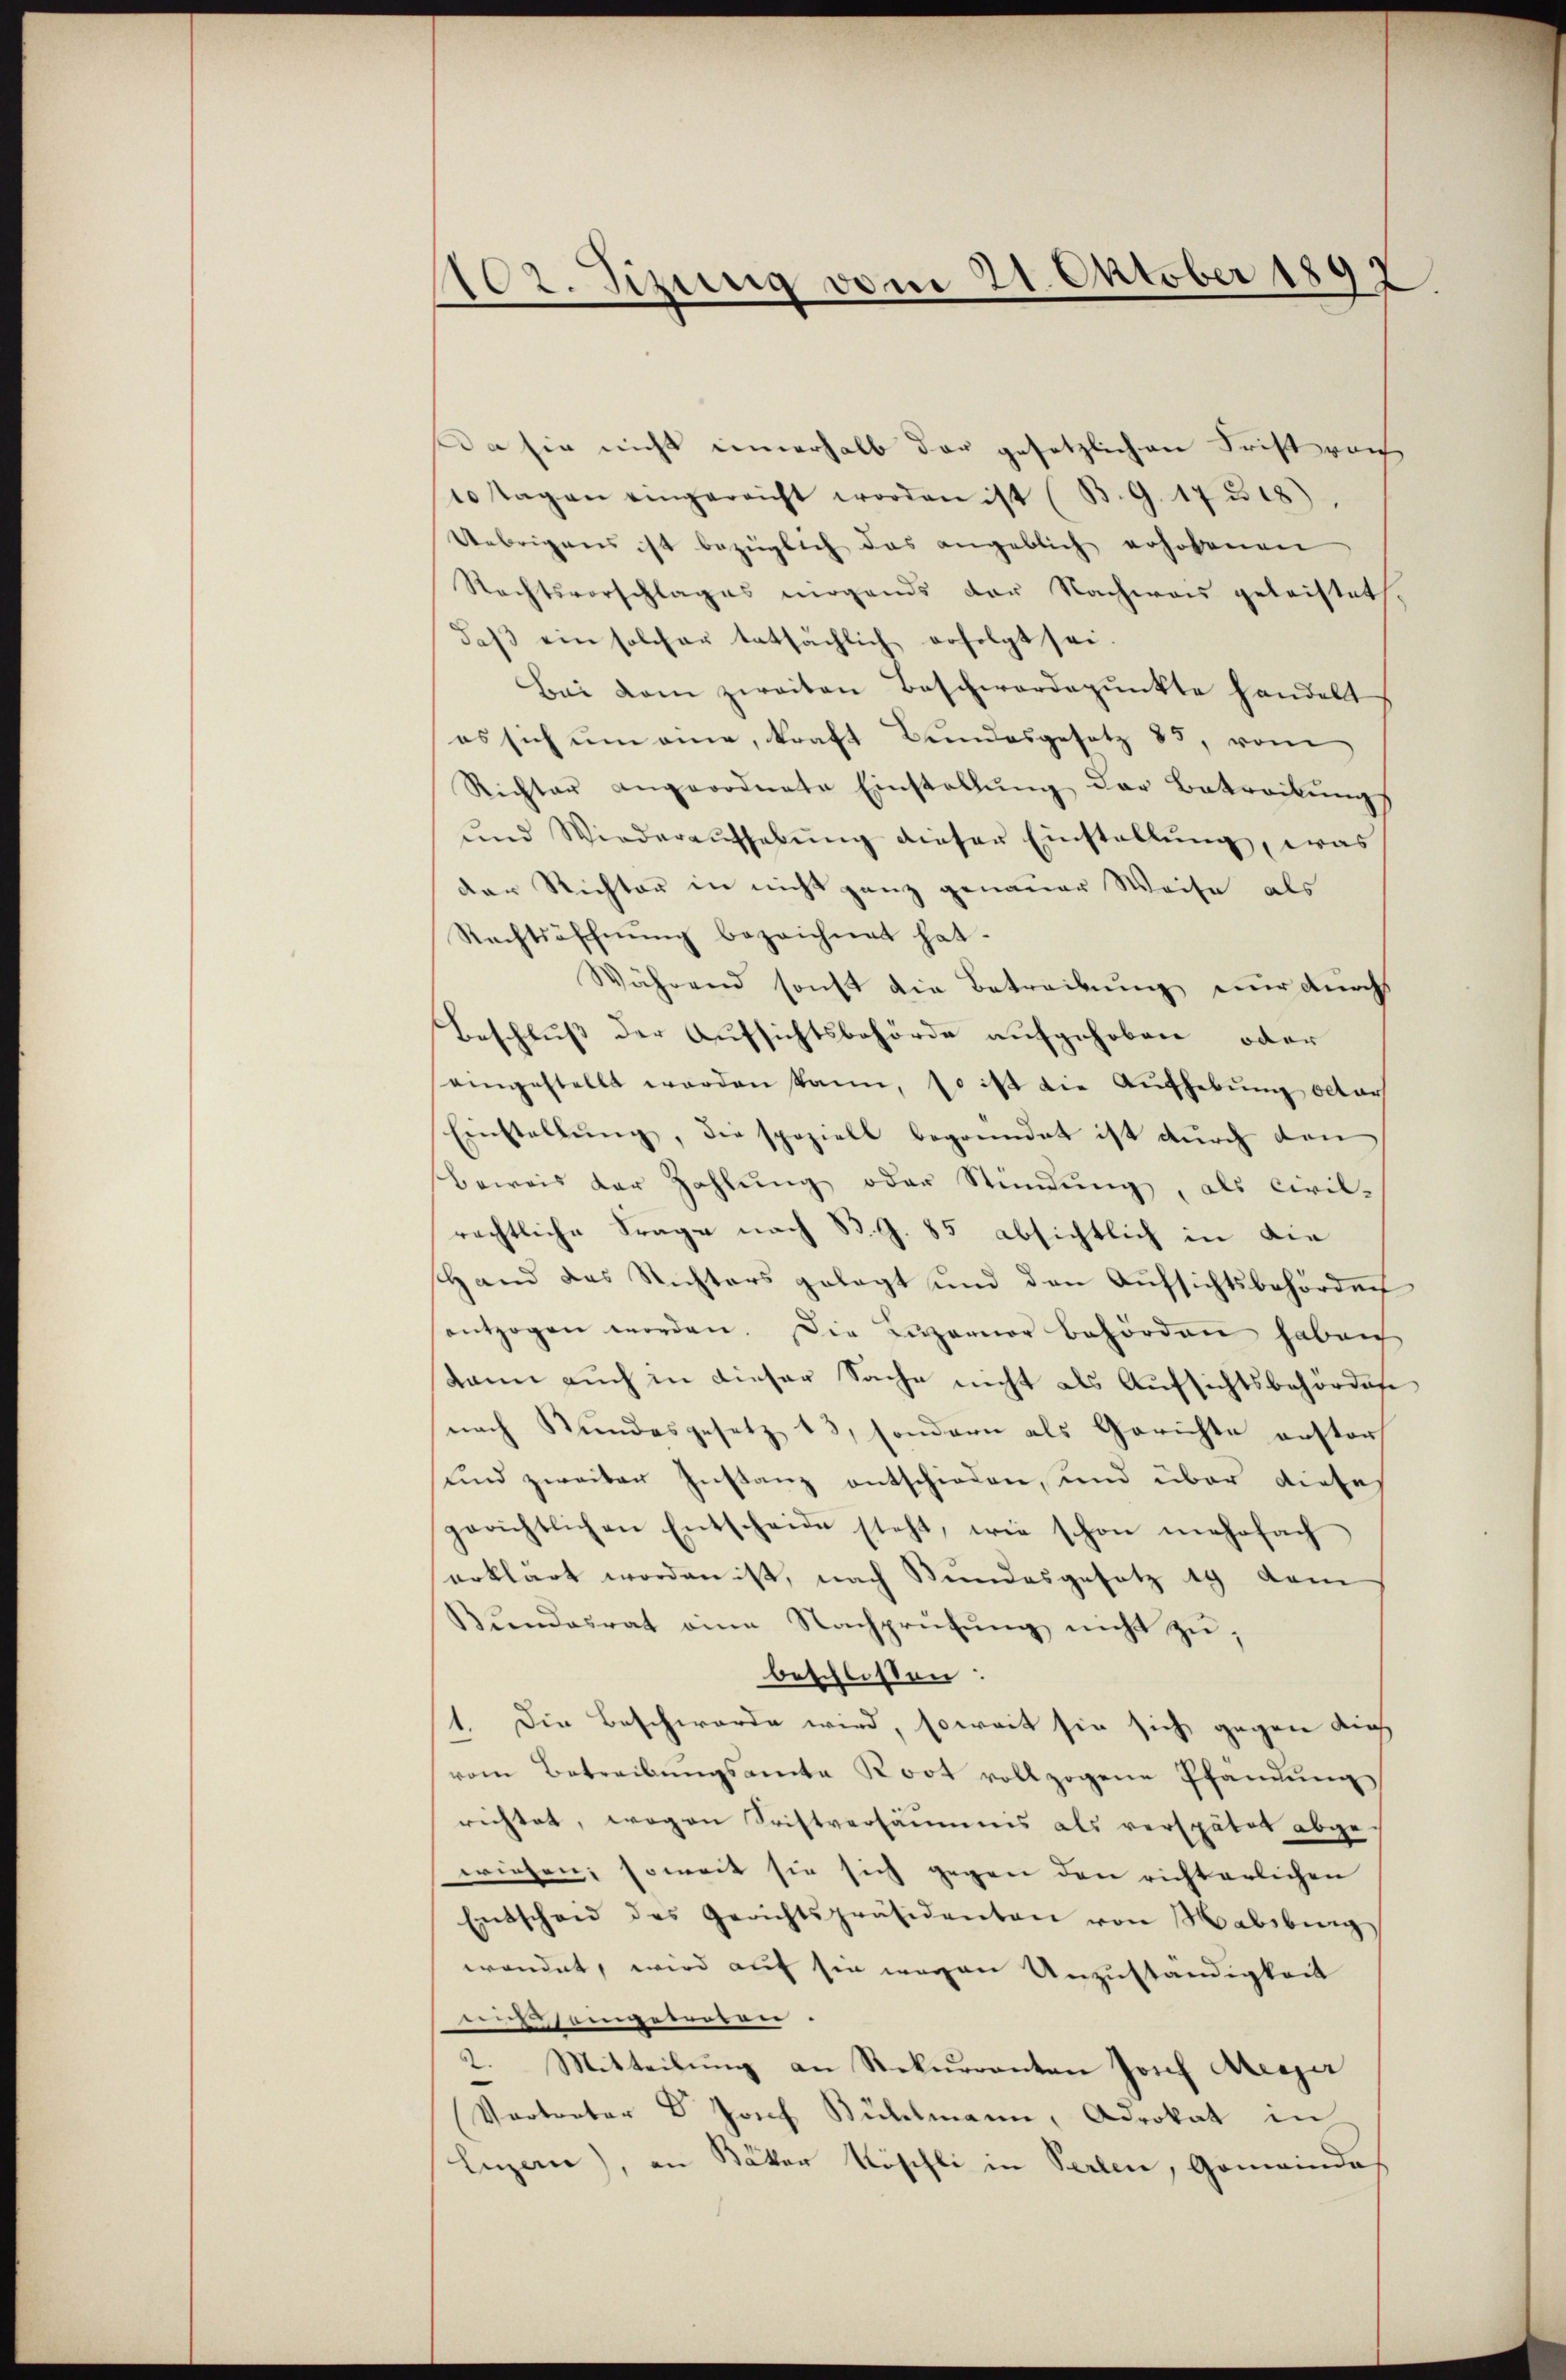
02. Sizung vom 21. Oktober 1897

Da sie nicht innerhalb der gesetzlichen Frist von
10 Tagen eingereicht worden ist (B. G. 17318),
Uebrigens ist bezüglich das angeblich erhobenen
Rechtsvorschlages mögends der Nachwas geleistet.
daβ ein solcher tatsächlich erfolgt sei.
Bei dem zweiten Beschwerdepunkte handelt
es sich ŭm eine, kraft Bundesgesetz 83, vom
Richter angeordnete Einstallŭng der Betreibŭng
und Wiederaufhebung dieser Einstellung, was
der Richter in nicht ganz genauer Weise als
Rechtsöffnung bezeichnet hat.
Während sonst die Betreibung nur durchs
Beschluß der Aufsichtsbehörde aufgehoben oder
eingestellt werden kann, so ist die Aufhebung octor
Einstellŭng, die speziell begründet ist durch den
Beweis der Zahlung oder Stindung, als Civil-
rechtliche Frage nach B. G. 85 absichtlich in die
Hand das Richters gelegt und den Aŭfsichtsbehörder
entzogen worden. Die Luzerner behörden haben
kann auch in dieser Sache nicht als Aufsichtsbehörden
nach Kundesgesetz 13, sondern als Gerichte erstorf
und zweiter Instanz entschieden, und über dieses
gerichtlichen Entscheide steht, wie schon mehrfach
erklärt worden ist, nach Stundesgesetz 19 dem
Bundesrat eine Nachprüfung nicht zu;
beschlossen:
1. Die Beschwerde wird, soweit sie sich gegen dich
vom Betreibŭngsamte Root vollzogene Pfändung
richtet, wogen Fristversäumnis als verspätet abge-
wiesen, soweit sie sich gegen den richterlichen
Entscheid des Gerichtspräsidenten von Habsburg
wendet, wird auf sie wegen Unzuständigkeit
eengewesen.
2. Mitteilung an Rekurrenten Josef Messer
Vertreter Dr Josef Bühlmann, Advokat in
Luzern), an Bäker Köschli in Perlen, Gemeinde